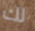
لك